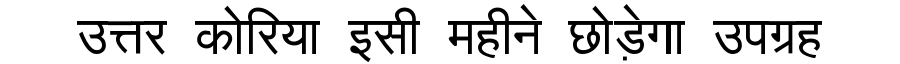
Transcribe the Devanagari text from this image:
उत्तर कोरिया इसी महीने छोड़ेगा उपग्रह